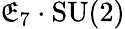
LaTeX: \mathfrak{E}_{7}\cdot\mathrm{{SU}}(2)